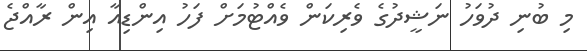
މި ބުނި ދުވަހު ނަޝީދުގެ ވެރިކަން ވެއްޓުމަށް ފަހު އިންޑިއާ އިން ރާއްޖެ